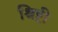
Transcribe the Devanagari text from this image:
श्रिष्टी